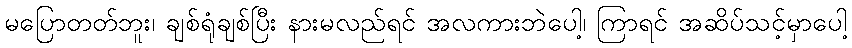
မပြောတတ်ဘူး၊ ချစ်ရုံချစ်ပြီး နားမလည်ရင် အလကားဘဲပေါ့၊ ကြာရင် အဆိပ်သင့်မှာပေါ့